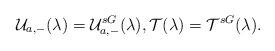
LaTeX: \begin{align*}\mathcal{U}_{a,-}(\lambda )=\mathcal{U}_{a,-}^{sG}(\lambda ),\mathcal{T}(\lambda )=\mathcal{T}^{sG}(\lambda ).\end{align*}